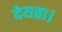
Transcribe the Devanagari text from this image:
देयता।